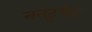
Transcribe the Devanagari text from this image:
ननटुकेट